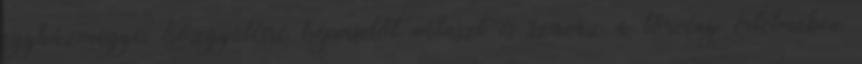
egyházmegyei közgyűlésre képviselőt választ és szavaz a törvény értelmében